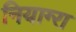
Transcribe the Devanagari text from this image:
नियाग्‍रा